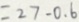
= 2 7 - 0 . 6